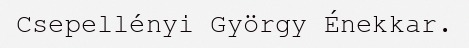
Csepellényi György Énekkar.